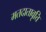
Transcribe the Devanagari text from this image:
मतदातावृत्ति